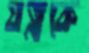
যত্নকে